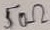
Text: 50Ω